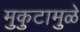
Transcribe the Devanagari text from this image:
मुकुटामुळे